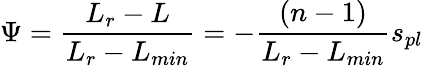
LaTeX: \Psi=\frac{L_{r}-L}{L_{r}-L_{min}}=-\frac{(n-1)}{L_{r}-L_{min}}s_{pl}